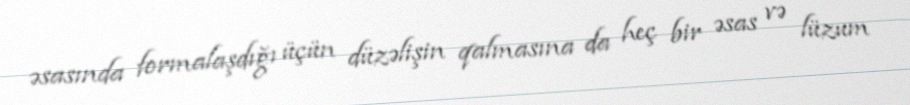
əsasında formalaşdığı üçün düzəlişin qalmasına da heç bir əsas və lüzum